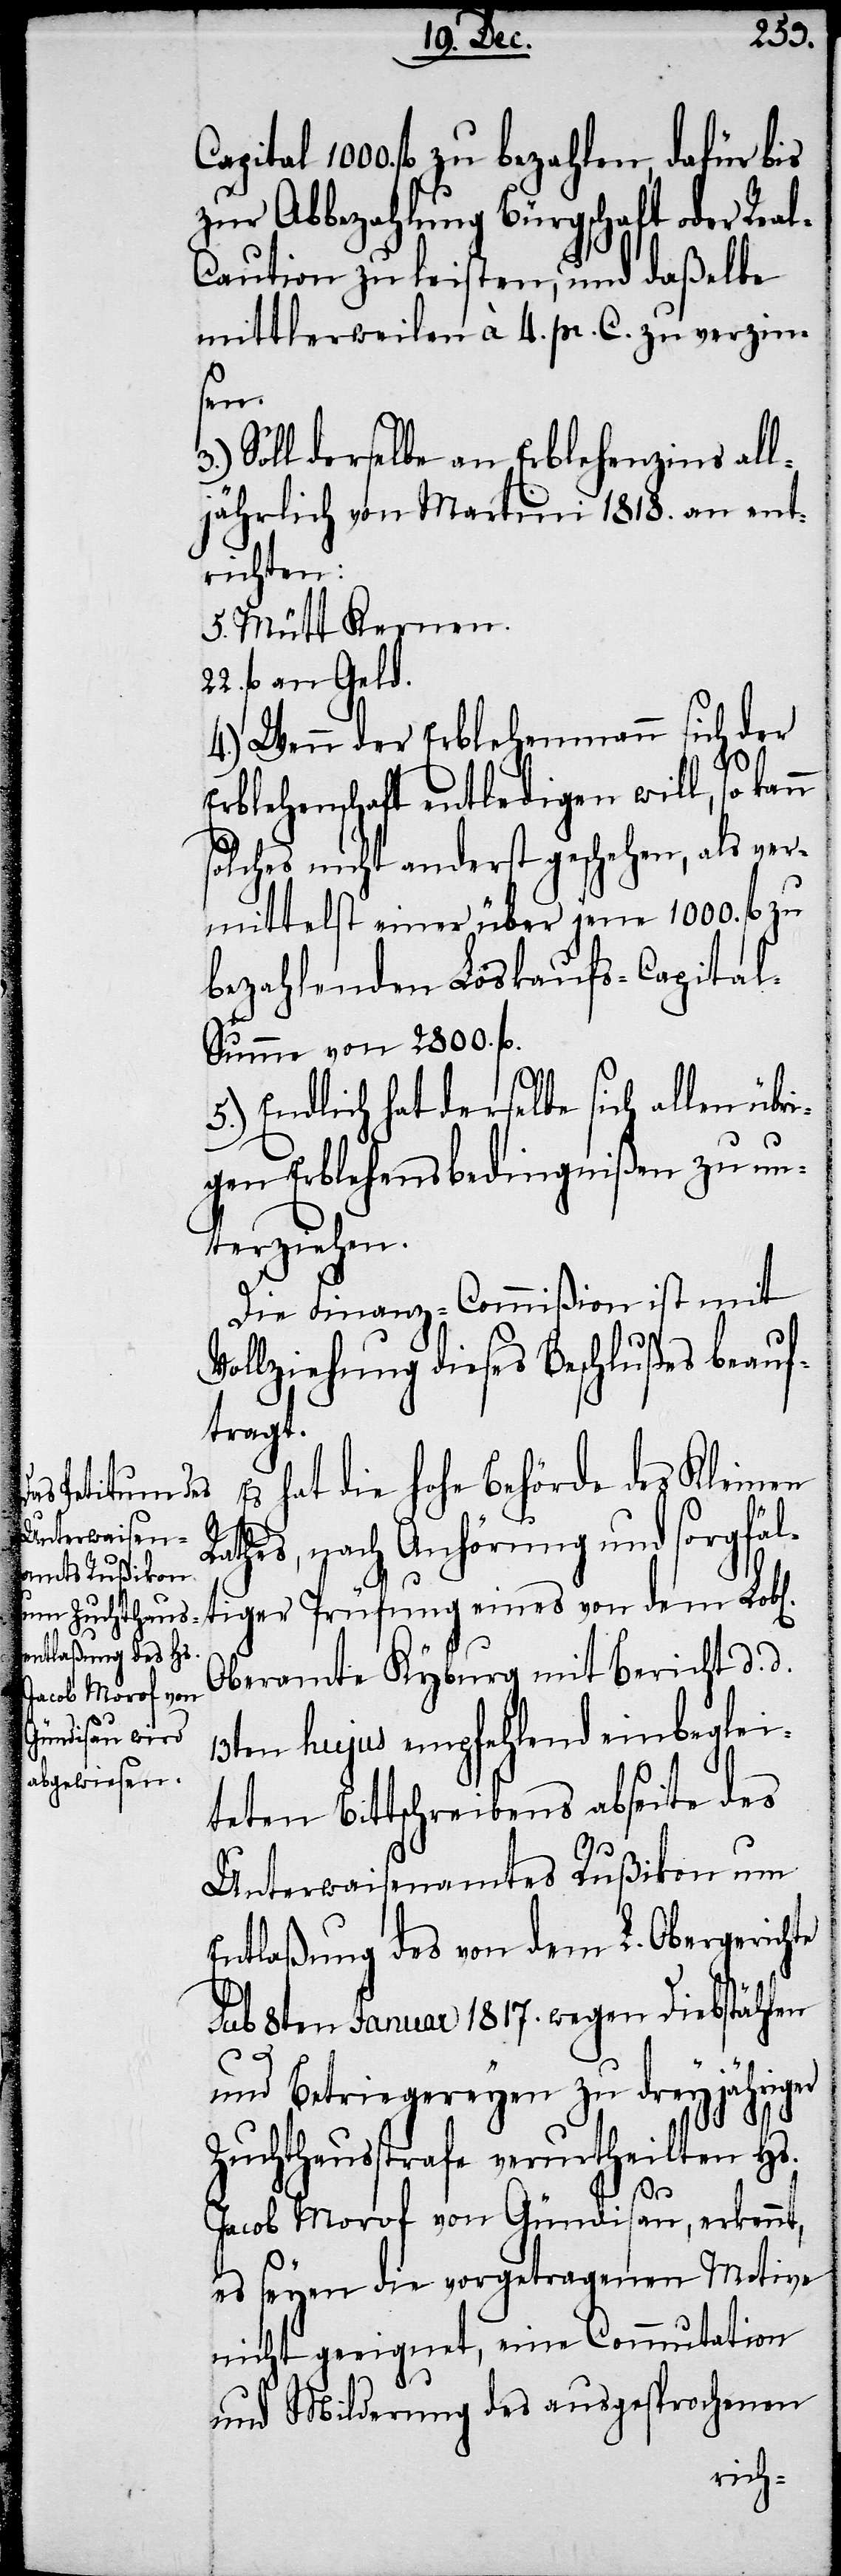
fl zu bezahlen, dafür bis
zur Abbezahlung Bürgschaft oder Rea¬
l-Caution zu leisten, und daßelbe
mittlerweilen à 4. pr. C. zu verzin¬
sen.
Soll derselbe an Erblehenzins all¬
jährlich von Martini 1818. an ent¬
richten:
5. Mütt Kernen.
22. fl an Geld.
4.) Wenn der Erblehenmann sich der
Erblehenschaft entledigen will, so
solches nicht anderst geschehen, als ver¬
mittelst einer über jene 1000. fl zu
bezahlenden Loskaufs-Capita¬
l-Summe von 2800. fl.
Endlich hat derselbe sich allen übr¬
igen Erblehensbedingnißen zu un¬
terziehen.
Die Finanz-Commißion ist mit
Vollziehung dieses Beschlußes beauf¬
tragt.
Es hat die hohe Behörde des Kleinen
thes, nach Anhörung und sorgfäl¬
tiger Prüfung eines von dem Lob[l¬
Oberamte Kybrug mit Bericht d. d.
13ten hujus empfehlend einbeglei¬
teten Bittschreibens abseite des
Unterwaisenamtes Rußikon um
Entlaßung des von dem L. Obergerichte
sub 8ten Januar 1817. wegen Diebstählen
und Betriegereyen zu dreyjähriger
Zuchthausstrafe verurtheilten Hs.
ichen]
Jacob Morof von Gündisau, erkennt,
es seyen die vorgetragenen Motive
nicht geeignet, eine Commutation
und Milderung des ausgesprochenen